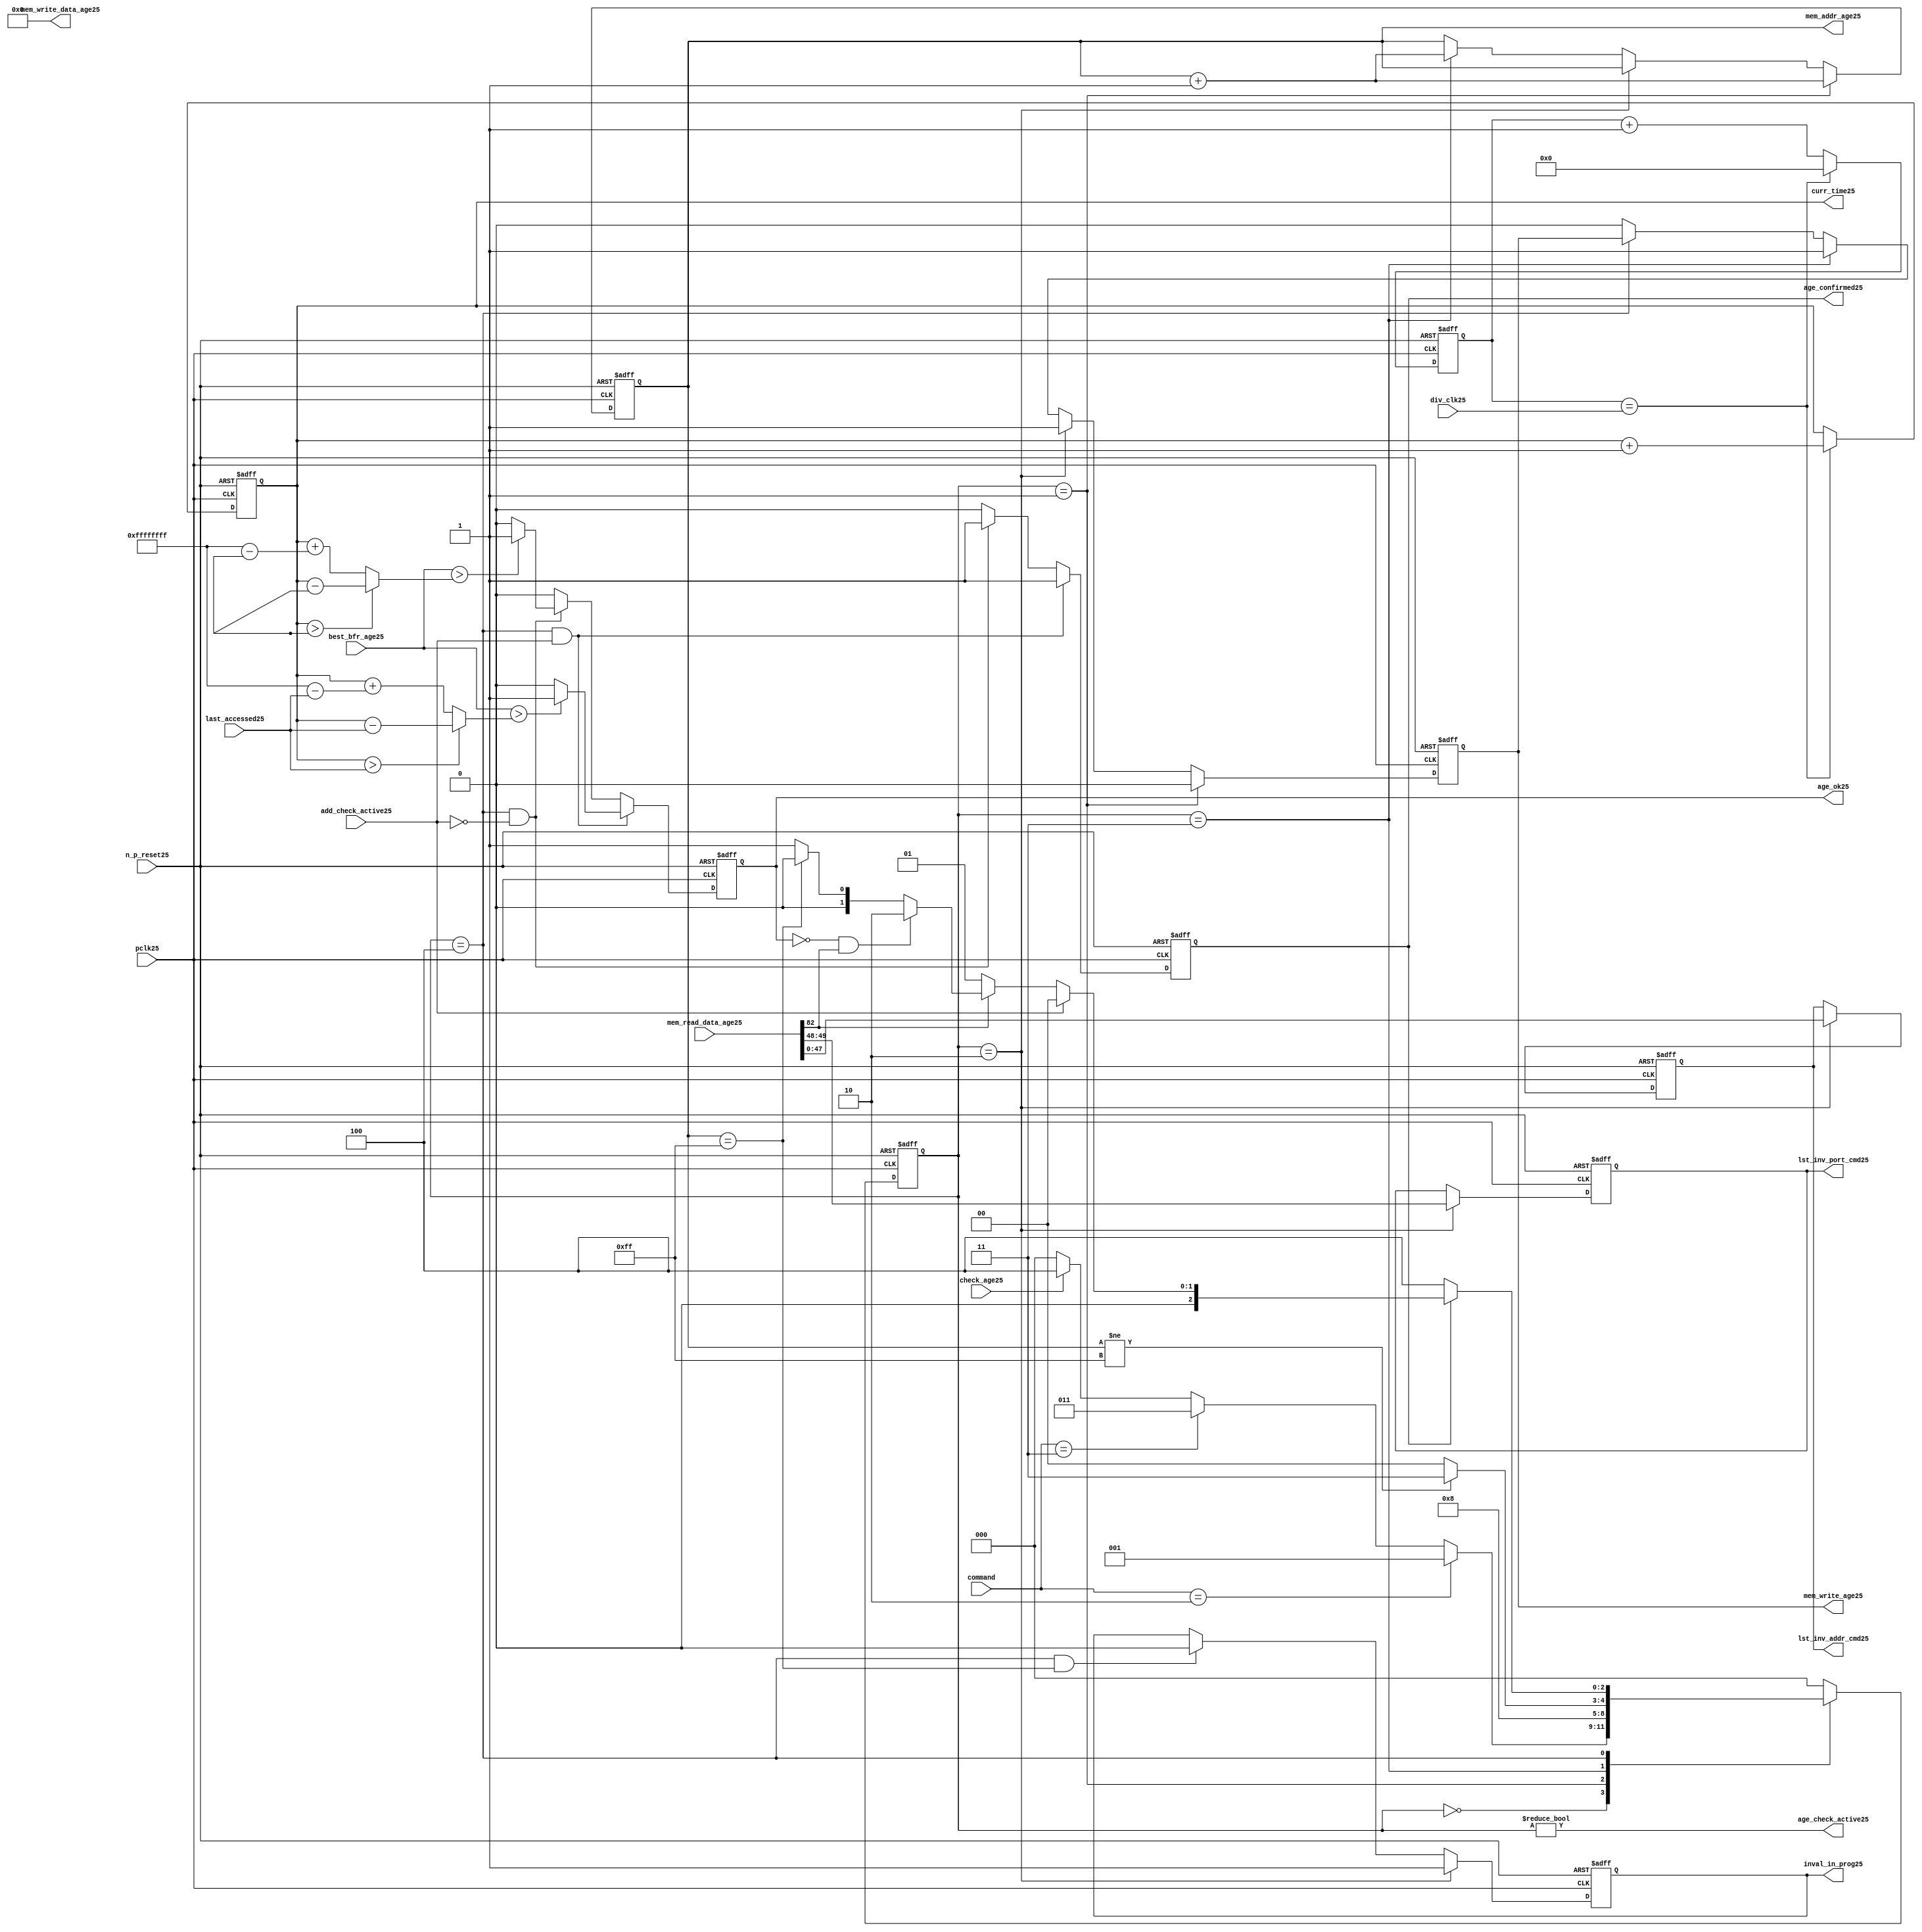
//File25 name   : alut_age_checker25.v
//Title25       : 
//Created25     : 1999
//Description25 : 
//Notes25       : 
//----------------------------------------------------------------------
//   Copyright25 1999-2010 Cadence25 Design25 Systems25, Inc25.
//   All Rights25 Reserved25 Worldwide25
//
//   Licensed25 under the Apache25 License25, Version25 2.0 (the
//   "License25"); you may not use this file except25 in
//   compliance25 with the License25.  You may obtain25 a copy of
//   the License25 at
//
//       http25://www25.apache25.org25/licenses25/LICENSE25-2.0
//
//   Unless25 required25 by applicable25 law25 or agreed25 to in
//   writing, software25 distributed25 under the License25 is
//   distributed25 on an "AS25 IS25" BASIS25, WITHOUT25 WARRANTIES25 OR25
//   CONDITIONS25 OF25 ANY25 KIND25, either25 express25 or implied25.  See
//   the License25 for the specific25 language25 governing25
//   permissions25 and limitations25 under the License25.
//----------------------------------------------------------------------

module alut_age_checker25
(   
   // Inputs25
   pclk25,
   n_p_reset25,
   command,          
   div_clk25,          
   mem_read_data_age25,
   check_age25,        
   last_accessed25, 
   best_bfr_age25,   
   add_check_active25,

   // outputs25
   curr_time25,         
   mem_addr_age25,      
   mem_write_age25,     
   mem_write_data_age25,
   lst_inv_addr_cmd25,    
   lst_inv_port_cmd25,  
   age_confirmed25,     
   age_ok25,
   inval_in_prog25,  
   age_check_active25          
);   

   input               pclk25;               // APB25 clock25                           
   input               n_p_reset25;          // Reset25                               
   input [1:0]         command;            // command bus                        
   input [7:0]         div_clk25;            // clock25 divider25 value
   input [82:0]        mem_read_data_age25;  // read data from memory             
   input               check_age25;          // request flag25 for age25 check
   input [31:0]        last_accessed25;      // time field sent25 for age25 check
   input [31:0]        best_bfr_age25;       // best25 before age25
   input               add_check_active25;   // active flag25 from address checker

   output [31:0]       curr_time25;          // current time,for storing25 in mem    
   output [7:0]        mem_addr_age25;       // address for R/W25 to memory     
   output              mem_write_age25;      // R/W25 flag25 (write = high25)            
   output [82:0]       mem_write_data_age25; // write data for memory             
   output [47:0]       lst_inv_addr_cmd25;   // last invalidated25 addr normal25 op    
   output [1:0]        lst_inv_port_cmd25;   // last invalidated25 port normal25 op    
   output              age_confirmed25;      // validates25 age_ok25 result 
   output              age_ok25;             // age25 checker result - set means25 in-date25
   output              inval_in_prog25;      // invalidation25 in progress25
   output              age_check_active25;   // bit 0 of status register           

   reg  [2:0]          age_chk_state25;      // age25 checker FSM25 current state
   reg  [2:0]          nxt_age_chk_state25;  // age25 checker FSM25 next state
   reg  [7:0]          mem_addr_age25;     
   reg                 mem_write_age25;    
   reg                 inval_in_prog25;      // invalidation25 in progress25
   reg  [7:0]          clk_div_cnt25;        // clock25 divider25 counter
   reg  [31:0]         curr_time25;          // current time,for storing25 in mem  
   reg                 age_confirmed25;      // validates25 age_ok25 result 
   reg                 age_ok25;             // age25 checker result - set means25 in-date25
   reg [47:0]          lst_inv_addr_cmd25;   // last invalidated25 addr normal25 op    
   reg [1:0]           lst_inv_port_cmd25;   // last invalidated25 port normal25 op    

   wire  [82:0]        mem_write_data_age25;
   wire  [31:0]        last_accessed_age25;  // read back time by age25 checker
   wire  [31:0]        time_since_lst_acc_age25;  // time since25 last accessed age25
   wire  [31:0]        time_since_lst_acc25; // time since25 last accessed address
   wire                age_check_active25;   // bit 0 of status register           

// Parameters25 for Address Checking25 FSM25 states25
   parameter idle25           = 3'b000;
   parameter inval_aged_rd25  = 3'b001;
   parameter inval_aged_wr25  = 3'b010;
   parameter inval_all25      = 3'b011;
   parameter age_chk25        = 3'b100;

   parameter max_addr       = 8'hff;
   parameter max_cnt25        = 32'hffff_ffff;

// -----------------------------------------------------------------------------
//   Generate25 current time counter
// -----------------------------------------------------------------------------
always @ (posedge pclk25 or negedge n_p_reset25)
   begin
   if (~n_p_reset25)
      clk_div_cnt25 <= 8'd0;
   else if (clk_div_cnt25 == div_clk25)
      clk_div_cnt25 <= 8'd0; 
   else 
      clk_div_cnt25 <= clk_div_cnt25 + 1'd1;
   end


always @ (posedge pclk25 or negedge n_p_reset25)
   begin
   if (~n_p_reset25)
      curr_time25 <= 32'd0;
   else if (clk_div_cnt25 == div_clk25)
      curr_time25 <= curr_time25 + 1'd1;
   end


// -----------------------------------------------------------------------------
//   Age25 checker State25 Machine25 
// -----------------------------------------------------------------------------
always @ (command or check_age25 or age_chk_state25 or age_confirmed25 or age_ok25 or
          mem_addr_age25 or mem_read_data_age25[82])
   begin
      case (age_chk_state25)
      
      idle25:
         if (command == 2'b10)
            nxt_age_chk_state25 = inval_aged_rd25;
         else if (command == 2'b11)
            nxt_age_chk_state25 = inval_all25;
         else if (check_age25)
            nxt_age_chk_state25 = age_chk25;
         else
            nxt_age_chk_state25 = idle25;

      inval_aged_rd25:
            nxt_age_chk_state25 = age_chk25;

      inval_aged_wr25:
            nxt_age_chk_state25 = idle25;

      inval_all25:
         if (mem_addr_age25 != max_addr)
            nxt_age_chk_state25 = inval_all25;  // move25 onto25 next address
         else
            nxt_age_chk_state25 = idle25;

      age_chk25:
         if (age_confirmed25)
            begin
            if (add_check_active25)                     // age25 check for addr chkr25
               nxt_age_chk_state25 = idle25;
            else if (~mem_read_data_age25[82])      // invalid, check next location25
               nxt_age_chk_state25 = inval_aged_rd25; 
            else if (~age_ok25 & mem_read_data_age25[82]) // out of date25, clear 
               nxt_age_chk_state25 = inval_aged_wr25;
            else if (mem_addr_age25 == max_addr)    // full check completed
               nxt_age_chk_state25 = idle25;     
            else 
               nxt_age_chk_state25 = inval_aged_rd25; // age25 ok, check next location25 
            end       
         else
            nxt_age_chk_state25 = age_chk25;

      default:
            nxt_age_chk_state25 = idle25;
      endcase
   end



always @ (posedge pclk25 or negedge n_p_reset25)
   begin
   if (~n_p_reset25)
      age_chk_state25 <= idle25;
   else
      age_chk_state25 <= nxt_age_chk_state25;
   end


// -----------------------------------------------------------------------------
//   Generate25 memory RW bus for accessing array when requested25 to invalidate25 all
//   aged25 addresses25 and all addresses25.
// -----------------------------------------------------------------------------
always @ (posedge pclk25 or negedge n_p_reset25)
   begin
   if (~n_p_reset25)
   begin
      mem_addr_age25 <= 8'd0;     
      mem_write_age25 <= 1'd0;    
   end
   else if (age_chk_state25 == inval_aged_rd25)  // invalidate25 aged25 read
   begin
      mem_addr_age25 <= mem_addr_age25 + 1'd1;     
      mem_write_age25 <= 1'd0;    
   end
   else if (age_chk_state25 == inval_aged_wr25)  // invalidate25 aged25 read
   begin
      mem_addr_age25 <= mem_addr_age25;     
      mem_write_age25 <= 1'd1;    
   end
   else if (age_chk_state25 == inval_all25)  // invalidate25 all
   begin
      mem_addr_age25 <= mem_addr_age25 + 1'd1;     
      mem_write_age25 <= 1'd1;    
   end
   else if (age_chk_state25 == age_chk25)
   begin
      mem_addr_age25 <= mem_addr_age25;     
      mem_write_age25 <= mem_write_age25;    
   end
   else 
   begin
      mem_addr_age25 <= mem_addr_age25;     
      mem_write_age25 <= 1'd0;    
   end
   end

// age25 checker will only ever25 write zero values to ALUT25 mem
assign mem_write_data_age25 = 83'd0;



// -----------------------------------------------------------------------------
//   Generate25 invalidate25 in progress25 flag25 (bit 1 of status register)
// -----------------------------------------------------------------------------
always @ (posedge pclk25 or negedge n_p_reset25)
   begin
   if (~n_p_reset25)
      inval_in_prog25 <= 1'd0;
   else if (age_chk_state25 == inval_aged_wr25) 
      inval_in_prog25 <= 1'd1;
   else if ((age_chk_state25 == age_chk25) & (mem_addr_age25 == max_addr))
      inval_in_prog25 <= 1'd0;
   else
      inval_in_prog25 <= inval_in_prog25;
   end


// -----------------------------------------------------------------------------
//   Calculate25 whether25 data is still in date25.  Need25 to work25 out the real time
//   gap25 between current time and last accessed.  If25 this gap25 is greater than
//   the best25 before age25, then25 the data is out of date25. 
// -----------------------------------------------------------------------------
assign time_since_lst_acc25 = (curr_time25 > last_accessed25) ? 
                            (curr_time25 - last_accessed25) :  // no cnt wrapping25
                            (curr_time25 + (max_cnt25 - last_accessed25));

assign time_since_lst_acc_age25 = (curr_time25 > last_accessed_age25) ? 
                                (curr_time25 - last_accessed_age25) : // no wrapping25
                                (curr_time25 + (max_cnt25 - last_accessed_age25));


always @ (posedge pclk25 or negedge n_p_reset25)
   begin
   if (~n_p_reset25)
      begin
      age_ok25 <= 1'b0;
      age_confirmed25 <= 1'b0;
      end
   else if ((age_chk_state25 == age_chk25) & add_check_active25) 
      begin                                       // age25 checking for addr chkr25
      if (best_bfr_age25 > time_since_lst_acc25)      // still in date25
         begin
         age_ok25 <= 1'b1;
         age_confirmed25 <= 1'b1;
         end
      else   // out of date25
         begin
         age_ok25 <= 1'b0;
         age_confirmed25 <= 1'b1;
         end
      end
   else if ((age_chk_state25 == age_chk25) & ~add_check_active25)
      begin                                      // age25 checking for inval25 aged25
      if (best_bfr_age25 > time_since_lst_acc_age25) // still in date25
         begin
         age_ok25 <= 1'b1;
         age_confirmed25 <= 1'b1;
         end
      else   // out of date25
         begin
         age_ok25 <= 1'b0;
         age_confirmed25 <= 1'b1;
         end
      end
   else
      begin
      age_ok25 <= 1'b0;
      age_confirmed25 <= 1'b0;
      end
   end



// -----------------------------------------------------------------------------
//   Generate25 last address and port that was cleared25 in the invalid aged25 process
// -----------------------------------------------------------------------------
always @ (posedge pclk25 or negedge n_p_reset25)
   begin
   if (~n_p_reset25)
      begin
      lst_inv_addr_cmd25 <= 48'd0;
      lst_inv_port_cmd25 <= 2'd0;
      end
   else if (age_chk_state25 == inval_aged_wr25)
      begin
      lst_inv_addr_cmd25 <= mem_read_data_age25[47:0];
      lst_inv_port_cmd25 <= mem_read_data_age25[49:48];
      end
   else 
      begin
      lst_inv_addr_cmd25 <= lst_inv_addr_cmd25;
      lst_inv_port_cmd25 <= lst_inv_port_cmd25;
      end
   end


// -----------------------------------------------------------------------------
//   Set active bit of status, decoded25 off25 age_chk_state25
// -----------------------------------------------------------------------------
assign age_check_active25 = (age_chk_state25 != 3'b000);

endmodule